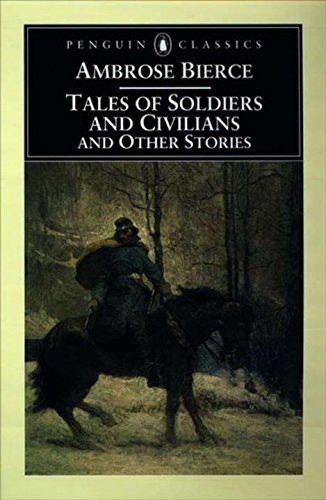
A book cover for Tales of Soldiers and Civilians: and Other Stories (Penguin Classics); Ambrose Bierce; Literature & Fiction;